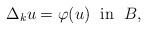
LaTeX: \begin{align*}\Delta_k u=\varphi(u)\;\textrm{ in }\; B,\end{align*}